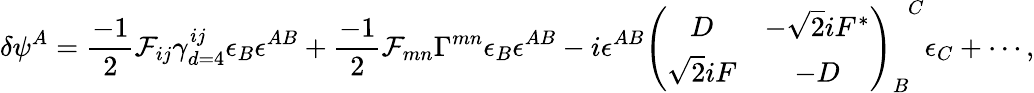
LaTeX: \delta\psi^{A}=\frac{-1}{2}{\cal F}_{ij}\gamma_{d=4}^{ij}\epsilon_{B}\epsilon^{AB}+\frac{-1}{2}{\cal F}_{mn}\Gamma^{mn}\epsilon_{B}\epsilon^{AB}-i\epsilon^{AB}\left(\begin{array}{cc}{{D}}&{{-\sqrt{2}iF^{*}}}\\ {{\sqrt{2}iF}}&{{-D}}\end{array}\right)_{B}^{~~~C}\epsilon_{C}+\cdots,